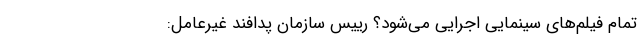
تمام فیلم‌های سینمایی اجرایی می‌شود؟ رییس سازمان پدافند غیرعامل: